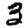
Digit: 3